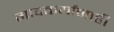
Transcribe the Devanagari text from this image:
गावकर्यांनाही